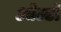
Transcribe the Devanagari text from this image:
ओल्टों